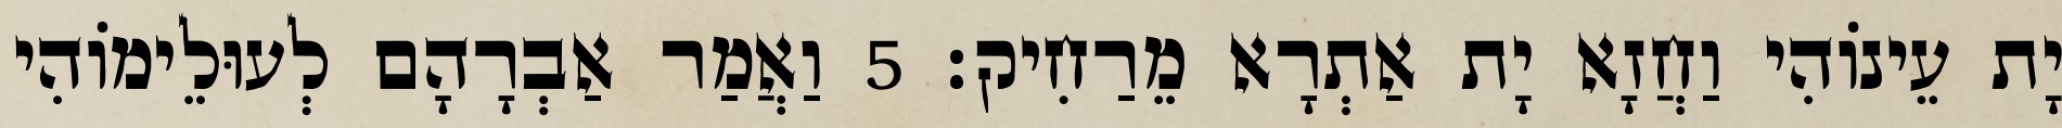
יָת עֵינוֹהִי וַחֲזָא יָת אַתְרָא מֵרַחִיק׃ 5 וַאֲמַר אַבְרָהָם לְעוּלֵימוֹהִי